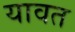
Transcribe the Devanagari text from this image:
यावत